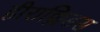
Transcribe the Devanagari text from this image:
हीराक्लिडस